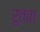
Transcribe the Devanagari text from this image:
रुतवा